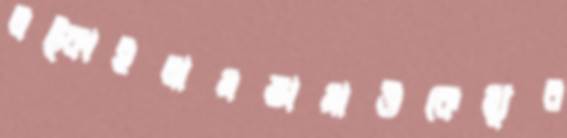
লট্‌কাইলামতামাউকেম্যুর